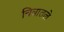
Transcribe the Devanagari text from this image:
चित्रातले